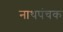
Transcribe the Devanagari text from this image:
नाथपंचक